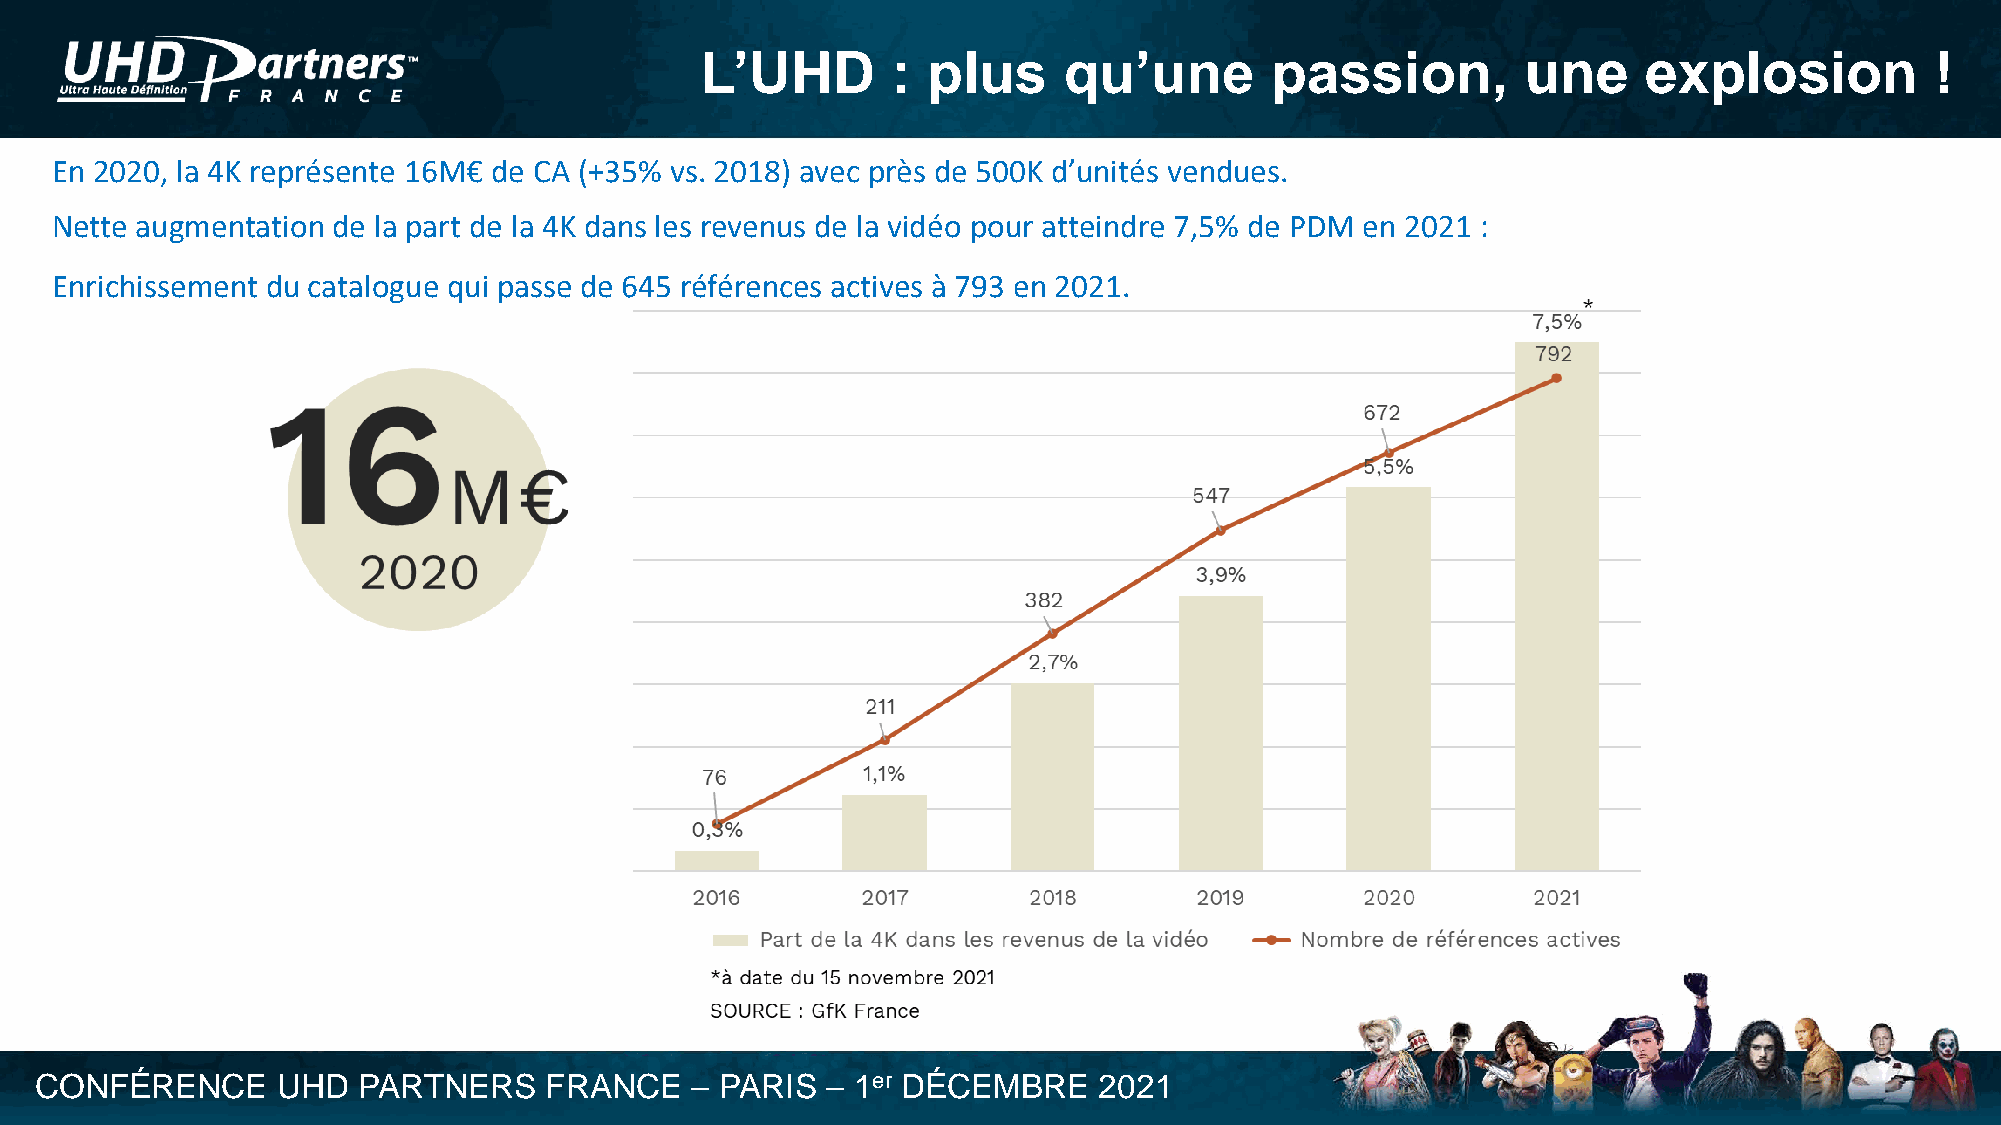
L’UHD        : plus     qu’une        passion,         une     explosion          !
 En 2020, la 4K représente 16M€ de CA (+35% vs. 2018) avec près de 500K d’unités vendues.
 Nette augmentation de la part de la 4K dans les revenus de la vidéo pour atteindre 7,5% de PDM en 2021 :
 Enrichissement du catalogue qui passe de 645 références actives à 793 en 2021.
 CONFÉRENCE      UHD   PARTNERS    FRANCE    – PARIS  – 1er DÉCEMBRE    2021